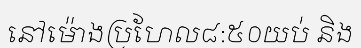
នៅម៉ោងប្រហែល៨:៥០យប់ និង